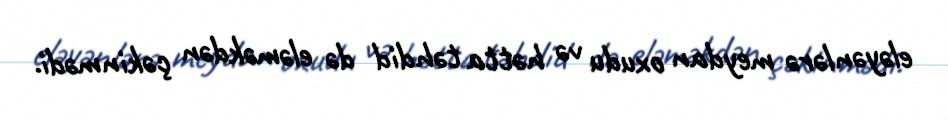
eləyənlərə meydan oxudu və hətta təhdid də eləməkdən çəkinmədi.